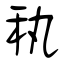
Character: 秇